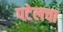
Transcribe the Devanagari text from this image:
पटेलचा